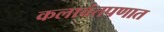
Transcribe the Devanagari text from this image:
कलावंतपणात